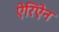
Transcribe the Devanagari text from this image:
ऐरिऐन